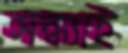
সন্ধ্যাই